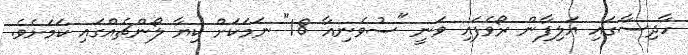
ހާދިސާގައި އަލިފާން ރޯވެފައި ވަނީ "ސުވެނިއާ 18" ނަމަކަށް ކިޔާ ލޯންޗެއްގައި ކަމަށެވެ.